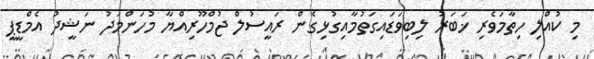
މި ކުއްލި ހިތާމަވެރި ޚަބަރު ލިބިވަޑައިގަތުމާއިގުޅިގެން ރައީސުލް ޖުމްހޫރިއްޔާ މުހަންމަދު ނަޝީދު އެމްޑީޕީ